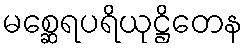
မစ္ဆေရပရိယုဋ္ဌိတေန